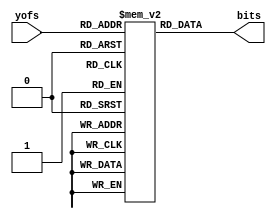
module player_bitmap(yofs, bits);
  
  input [3:0] yofs;
  output [7:0] bits;

  reg [7:0] bitarray[0:15];
  
  assign bits = bitarray[yofs];
  
  initial begin/*{w:8,h:16}*/
     bitarray[0] = 8'b0;
    bitarray[1] = 8'b11111111;
    bitarray[2] = 8'b11111111;
    bitarray[3] = 8'b11111111;
    bitarray[4] = 8'b11111111;
    bitarray[5] = 8'b11111111;
    bitarray[6] = 8'b11111111;
    bitarray[7] = 8'b11111111;
    bitarray[8] = 8'b11111111;
    bitarray[9] = 8'b11111111;
    bitarray[10] = 8'b11111111;
    bitarray[11] = 8'b11111111;
    bitarray[12] = 8'b11111111;
    bitarray[13] = 8'b11111111;
    bitarray[14] = 8'b11111111;
    bitarray[15] = 8'b11111111;
  end
  
endmodule
module playersprite_bitmap_top(clk, reset, hsync, vsync, rgb);

  input clk, reset;
  output hsync, vsync;
  output [2:0] rgb;
  wire display_on;
  wire [8:0] hpos;
  wire [8:0] vpos;
  
  //player sptrites
  reg sprite_active;
  reg [3:0] player_sprite_xofs;
  reg [3:0] player_sprite_yofs;
  wire [7:0] player_sprite_bits;
  
  reg [8:0] player_x = 128;
  reg [8:0] player_y = 128;

  hvsync_Generator hvsync_gen(
    .clk(clk),
    .reset(reset),
    .hsync(hsync),
    .vsync(vsync),
    .display_on(display_on),
    .hpos(hpos),
    .vpos(vpos)
  );
  
  player_bitmap player(
    .yofs(player_sprite_yofs),
    .bits(player_sprite_bits));
  
   // start Y counter when we hit the top border (player_y)
  always @(posedge hsync)
    if (vpos == player_y)
      player_sprite_yofs <= 15;
  else if (player_sprite_yofs != 0)
      player_sprite_yofs <= player_sprite_yofs - 1;
  
  // restart X counter when we hit the left border (player_x)
  always @(posedge clk)
    if (hpos == player_x)
      player_sprite_xofs <= 15;
  else if (player_sprite_xofs != 0)
      player_sprite_xofs <= player_sprite_xofs - 1;
  
  wire [3:0] player_bit = player_sprite_xofs>=8 ? 
                                 15-player_sprite_xofs:
                                 player_sprite_xofs;
  // The actual display of the player
  wire player_gfx = player_sprite_bits[player_bit[2:0]];

  wire r = display_on && player_gfx;
  wire g = display_on && player_gfx;
  wire b = display_on && player_gfx;
  assign rgb = {b,g,r};

endmodule